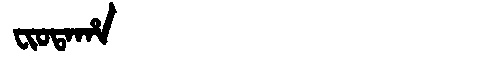
Manchu: ᠸᡳᠣᡨᠠᡥᠠ
Romanization: FIOTAHA